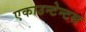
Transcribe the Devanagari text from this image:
एकाउन्टेन्टस